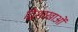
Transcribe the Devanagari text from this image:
द्विशाखाओं